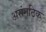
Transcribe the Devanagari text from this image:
असंगठिक